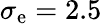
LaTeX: \sigma_{\mathrm{e}}=2.5